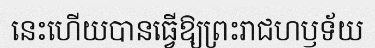
នេះហើយបានធ្វើឱ្យព្រះរាជហឫទ័យ